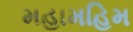
મહામહિમ